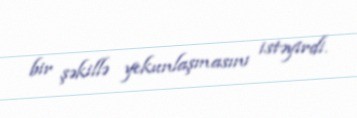
bir şəkillə yekunlaşmasını istəyirdi.